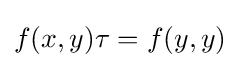
f(x,y)\tau =f(y,y)